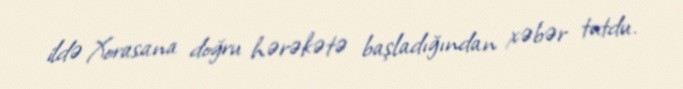
ildə Xorasana doğru hərəkətə başladığından xəbər tutdu.